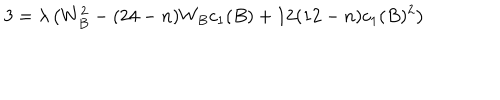
3 = \lambda \left( W _ { B } ^ { 2 } - ( 2 4 - n ) W _ { B } c _ { 1 } ( B ) + 1 2 ( 1 2 - n ) c _ { 1 } ( B ) ^ { 2 } \right)